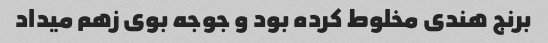
برنج هندی مخلوط کرده بود و جوجه بوی زهم میداد